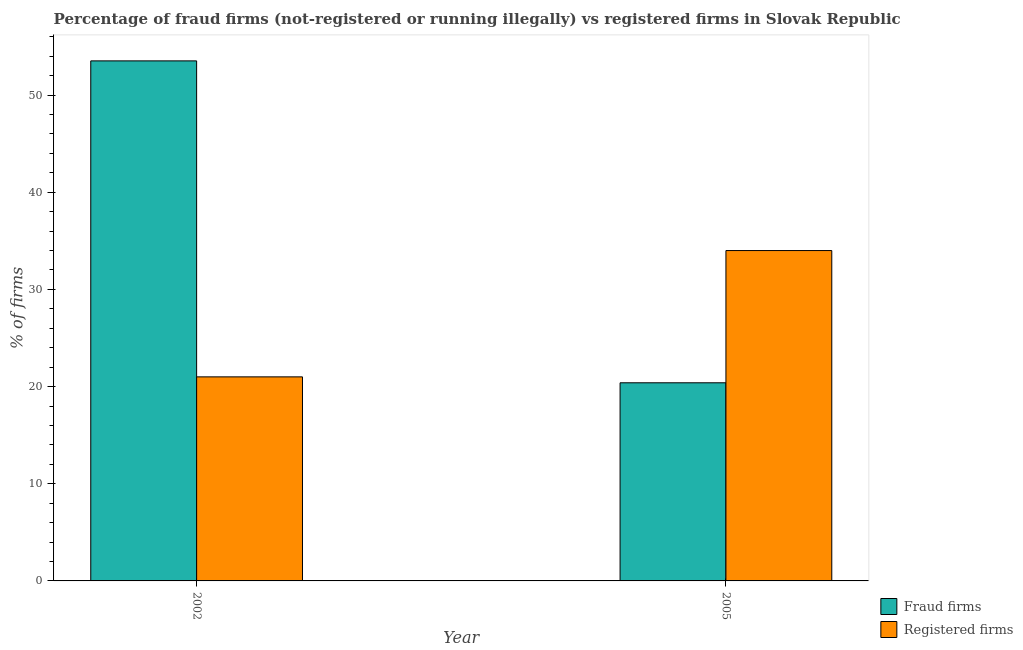
| Year | Fraud firms | Registered firms |
 | --- | --- | --- |
 | 2002 | 53.5 | 21 |
 | 2005 | 20.4 | 34 |